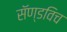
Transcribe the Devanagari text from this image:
सॅण्डविच